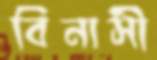
বিনাসী